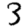
Digit: 3